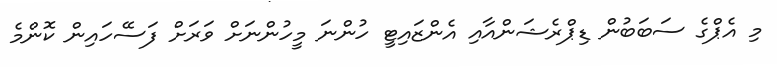
މި އެޕްގެ ސަބަބުން ޑިޕްރެޝަންއާއި އެންޒައިޓީ ހުންނަ މީހުންނަށް ވަރަށް ފަސޭހައިން ކޮންމެ